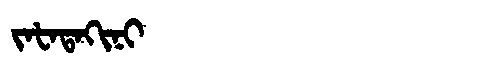
Manchu: ᠵᠠᡶᠠᡨᠠᡴᡳᠨᡳ
Romanization: JAFATAKINI